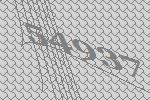
54937